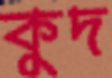
কুদ